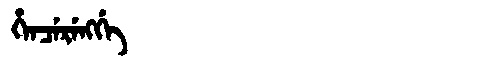
Manchu: ᡥᡝᠨᠴᡝᡵᡝᠩᡤᡝ
Romanization: HENCERENGGE